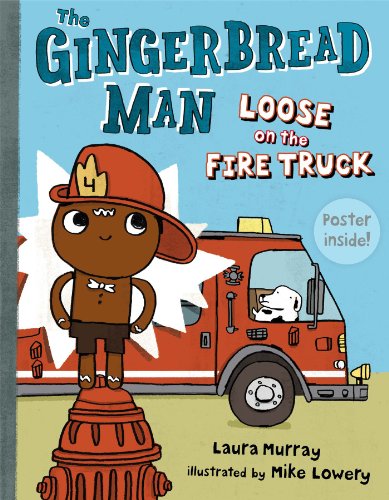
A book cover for The Gingerbread Man Loose on the Fire Truck; Laura Murray; Children's Books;